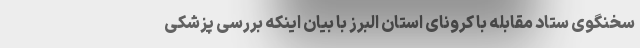
سخنگوی ستاد مقابله با کرونای استان البرز با بیان اینکه بررسی پزشکی